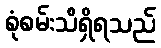
စုံစမ်းသိရှိရသည်